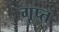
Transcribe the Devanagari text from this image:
गूप्त